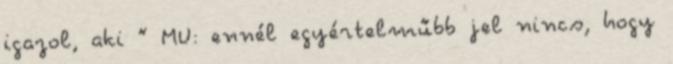
igazol, aki ” MU: ennél egyértelműbb jel nincs, hogy